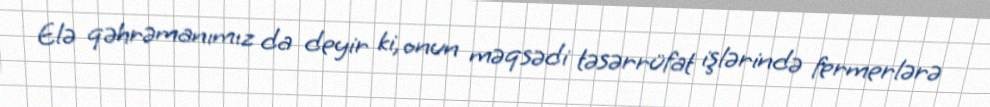
Elə qəhrəmanımız da deyir ki, onun məqsədi təsərrüfat işlərində fermerlərə